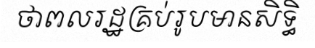
ថាពលរដ្ឋគ្រប់រូបមានសិទ្ធិ